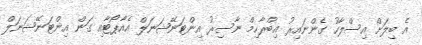
އެ ބިލަށް އިސްލާހު ގެންނައިރު އިބްރާހިމް ނާސިރު އިންޓަނޭޝަނަލް އެއާޕޯޓާއި ގަން އިންޓަނޭޝަނަލް